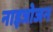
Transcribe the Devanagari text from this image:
नाइत्रोजन